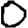
Digit: 0